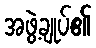
အဖွဲ့ချုပ်၏